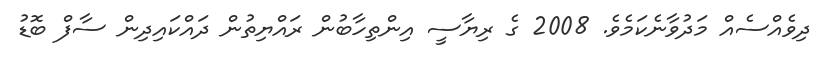
ދިވެއްސެއް މަދުވާނެކަމެވެ. 2008 ގެ ރިޔާސީ އިންތިހާބުން ރައްޔިތުން ދައްކައިދިން ސާފް ބޮޑު